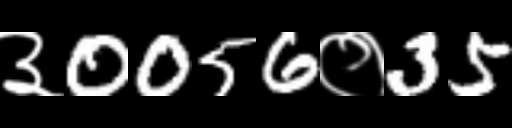
Text: ३0056०35